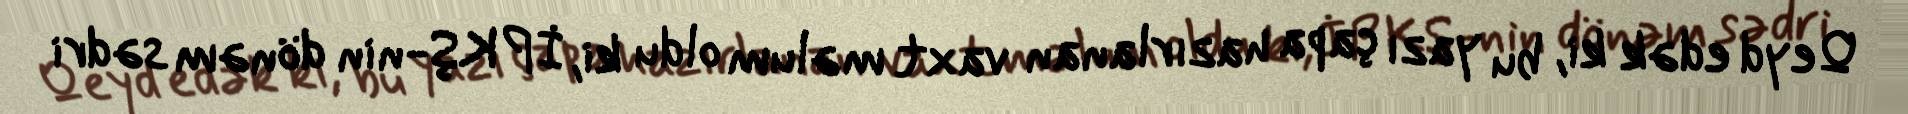
Qeyd edək ki, bu yazı çapa hazırlanan vaxt məlum oldu ki, İP KŞ-nin dönəm sədri